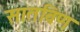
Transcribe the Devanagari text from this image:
सातविण